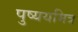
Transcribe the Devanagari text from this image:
पुष्ययमित्र